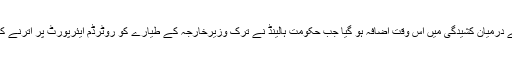
ترکی اور ہالینڈ کے درمیان کشیدگی میں اس وقت اضافہ ہو گیا جب حکومت ہالینڈ نے ترک وزیرخارجہ کے طیارے کو روٹرڈم ایئرپورٹ پر اترنے کی اجازت نہیں دی۔